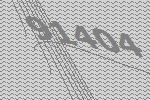
91404